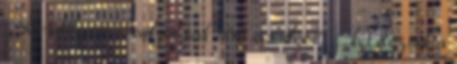
– Rendbejött a súlyosnak tűnő sérülése? – kérdeztük a